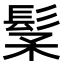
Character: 𩬽